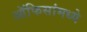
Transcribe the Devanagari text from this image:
ऑफिसांमध्ये